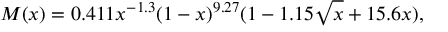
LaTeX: M ( x ) = 0 . 4 1 1 x ^ { - 1 . 3 } ( 1 - x ) ^ { 9 . 2 7 } ( 1 - 1 . 1 5 \sqrt { x } + 1 5 . 6 x ) ,